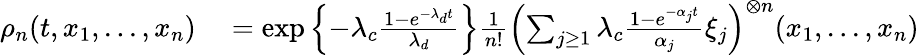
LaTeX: \begin{array}{rl}{\rho_{n}(t,x_{1},...,x_{n})}&{{}=\exp\left\{ -\lambda_{c}\frac{1-e^{-\lambda_{d}t}}{\lambda_{d}}\right\} \frac{1}{n!}\left(\sum_{j\geq 1}\lambda_{c}\frac{1-e^{-\alpha_{j}t}}{\alpha_{j}}\xi_{j}\right)^{\otimes n}(x_{1},...,x_{n})}\end{array}